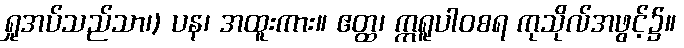
ရှုအပ်သည်သာ၊) ပန၊ အထူးကား။ ဧတ္ထ၊ ဣရူပါဝစရ ကုသိုလ်အဖွင့်၌။